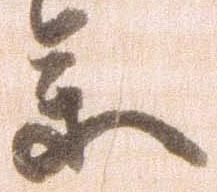
参